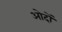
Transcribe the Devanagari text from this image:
ओदों